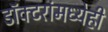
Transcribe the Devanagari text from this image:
डॉक्टरांमध्येही